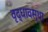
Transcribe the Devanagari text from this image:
वृद्धावस्‍था